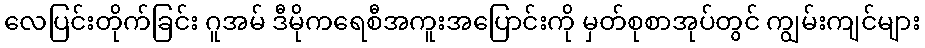
လေပြင်းတိုက်ခြင်း ဂူအမ် ဒီမိုကရေစီအကူးအပြောင်းကို မှတ်စုစာအုပ်တွင် ကျွမ်းကျင်များ